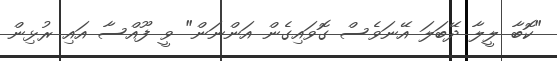
"ކޮބާ ލީލާ ދޭބަލަ އޭނަވެސް ގޮވައިގެން އަންނަން" ވީ ފޫއްސާ އައި ރުޅިން